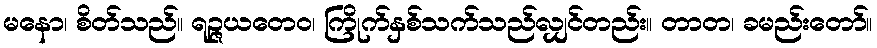
မနော၊ စိတ်သည်။ ရဉ္ဇယတေဝ၊ ကြိုက်နှစ်သက်သည်လျှင်တည်း။ တာတ၊ ခမည်းတော်။